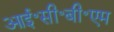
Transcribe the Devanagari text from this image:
आई॰सी॰बी॰एम